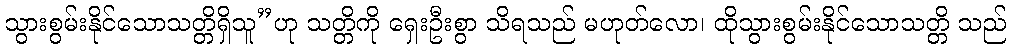
သွားစွမ်းနိုင်သောသတ္တိရှိသူ”ဟု သတ္တိကို ရှေးဦးစွာ သိရသည် မဟုတ်လော၊ ထိုသွားစွမ်းနိုင်သောသတ္တိ သည်